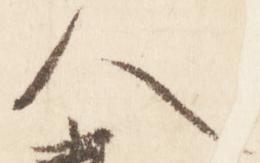
人